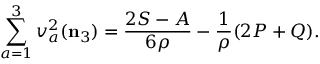
\sum _ { a = 1 } ^ { 3 } v _ { a } ^ { 2 } ( { \mathbf { n } _ { 3 } } ) = \frac { 2 S - A } { 6 \rho } - \frac 1 { \rho } ( 2 P + Q ) .